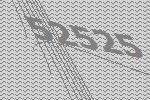
52525